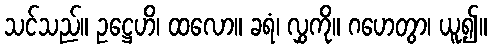
သင်သည်။ ဥဋ္ဌေဟိ၊ ထလော။ ခရံ၊ လွှကို။ ဂဟေတွာ၊ ယူ၍။